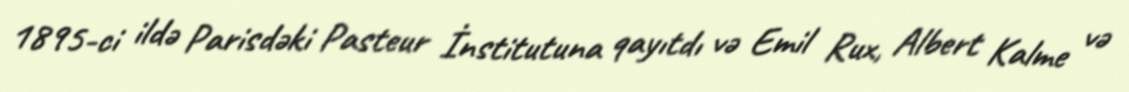
1895-ci ildə Parisdəki Pasteur İnstitutuna qayıtdı və Emil Rux, Albert Kalme və